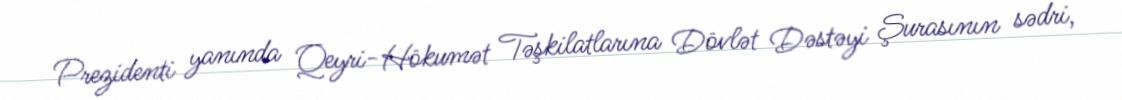
Prezidenti yanında Qeyri-Hökumət Təşkilatlarına Dövlət Dəstəyi Şurasının sədri,